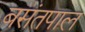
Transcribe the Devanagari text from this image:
बसंतपाल